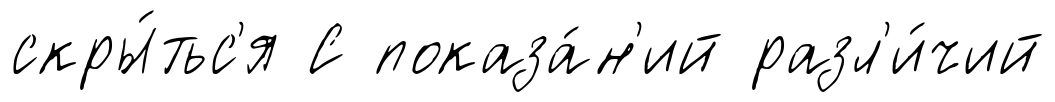
скры́тьс'я С показа́н'ий разл'и́чий